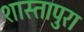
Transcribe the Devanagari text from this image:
शास्तापुरा